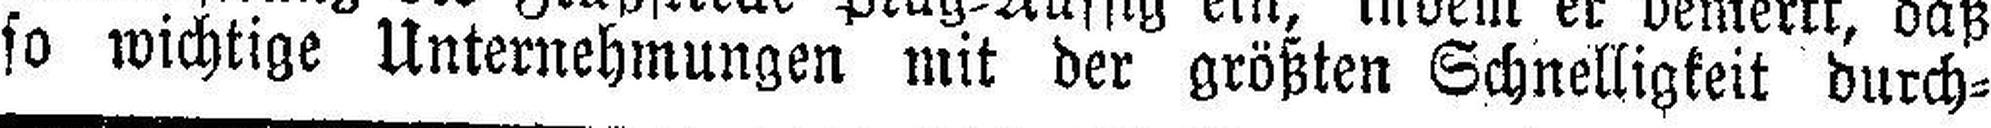
so wichtige Unternehmungen mit der größten Schnelligkeit durch¬